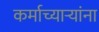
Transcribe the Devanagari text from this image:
कर्माच्यार्‍यांना